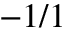
- 1 / 1